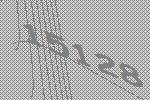
15128